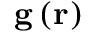
\mathbf { g } \left( \mathbf { r } \right)